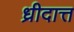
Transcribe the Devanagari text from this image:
ध्रीदात्त